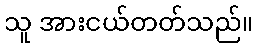
သူ အားငယ်တတ်သည်။